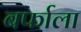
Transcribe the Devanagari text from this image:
बर्फाला